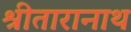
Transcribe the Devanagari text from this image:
श्रीतारानाथ